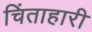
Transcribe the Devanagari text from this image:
चिंताहारी